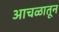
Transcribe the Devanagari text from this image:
आचळातून